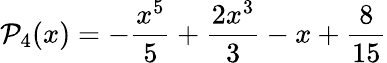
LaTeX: \mathcal{P}_{4}(x)=-\frac{x^{5}}{5}+\frac{2x^{3}}{3}-x+\frac{8}{15}